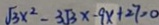
\sqrt { 3 } x ^ { 2 } - 3 \sqrt { 3 } x - 9 x + 2 7 = 0